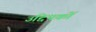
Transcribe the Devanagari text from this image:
उद्दिपकों